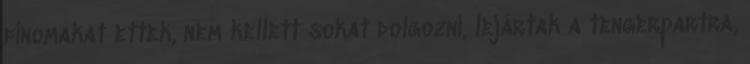
finomakat ettek, nem kellett sokat dolgozni, lejártak a tengerpartra,